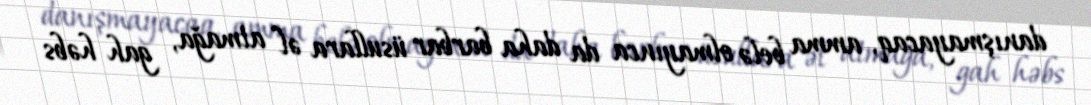
danışmayacaq, amma belə olmayınca da daha barbar üsullara əl atmağa, gah həbs